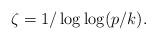
LaTeX: \begin{align*} \zeta=1/\log\log(p/k).\end{align*}